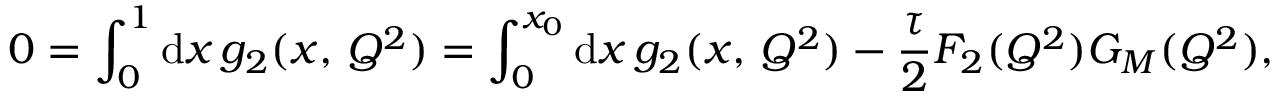
0 = \int _ { 0 } ^ { 1 } \mathrm { d } x \, g _ { 2 } ( x , \, Q ^ { 2 } ) = \int _ { 0 } ^ { x _ { 0 } } \mathrm { d } x \, g _ { 2 } ( x , \, Q ^ { 2 } ) - \frac { \tau } { 2 } F _ { 2 } ( Q ^ { 2 } ) G _ { M } ( Q ^ { 2 } ) ,